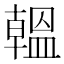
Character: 𫧩